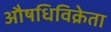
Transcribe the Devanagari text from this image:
औषधिविक्रेता